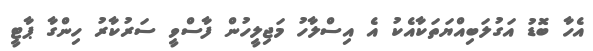
އެހާ ބޮޑު އަގުލަބިއްޔަތަކާއެކު އެ އިސްލާހު މަޖިލީހުން ފާސްވީ ސަރުކާރު ހިންގާ ޕާޓީ